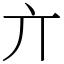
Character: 亣